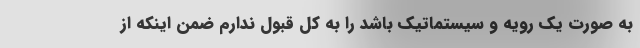
به صورت یک رویه و سیستماتیک باشد را به کل قبول ندارم ضمن اینکه از